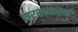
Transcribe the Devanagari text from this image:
सरसासारखे